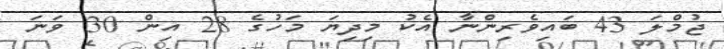
ޖުމްލަ 43 ބައިވެރިންނާ އެކު މިދިޔަ މަހުގެ 28 އިން 30 ވަނަ